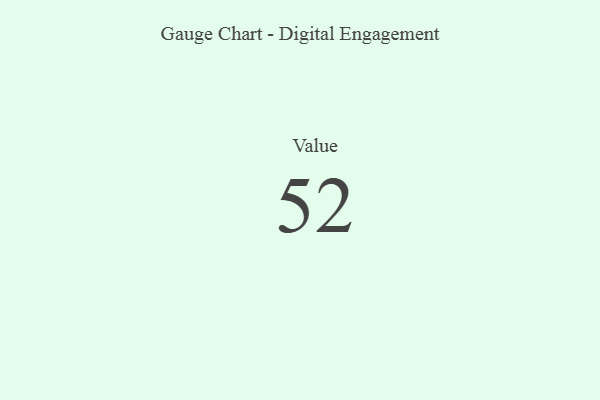
{"axis": {"x": "Metric", "y": "Value"}, "legend": [""], "data": [{"x": "Value", "y": 52, "type": ""}]}